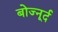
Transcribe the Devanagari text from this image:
बोज्नूर्द